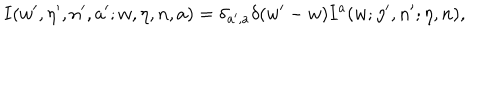
I ( w ^ { \prime } , \eta ^ { \prime } , n ^ { \prime } , a ^ { \prime } ; w , \eta , n , a ) = \delta _ { a ^ { \prime } , a } \delta ( w ^ { \prime } - w ) I ^ { a } ( w ; \eta ^ { \prime } , n ^ { \prime } ; \eta , n ) ,